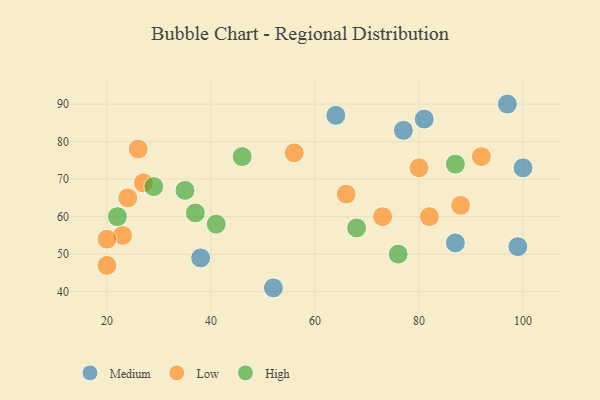
{"axis": {"x": "GDP", "y": "Life Expectancy"}, "legend": ["High", "Low", "Medium"], "data": [{"x": "52", "y": 41, "type": "Medium"}, {"x": "99", "y": 52, "type": "Medium"}, {"x": "64", "y": 87, "type": "Medium"}, {"x": "77", "y": 83, "type": "Medium"}, {"x": "81", "y": 86, "type": "Medium"}, {"x": "38", "y": 49, "type": "Medium"}, {"x": "87", "y": 53, "type": "Medium"}, {"x": "97", "y": 90, "type": "Medium"}, {"x": "100", "y": 73, "type": "Medium"}, {"x": "92", "y": 76, "type": "Low"}, {"x": "82", "y": 60, "type": "Low"}, {"x": "24", "y": 65, "type": "Low"}, {"x": "80", "y": 73, "type": "Low"}, {"x": "23", "y": 55, "type": "Low"}, {"x": "88", "y": 63, "type": "Low"}, {"x": "66", "y": 66, "type": "Low"}, {"x": "56", "y": 77, "type": "Low"}, {"x": "20", "y": 47, "type": "Low"}, {"x": "26", "y": 78, "type": "Low"}, {"x": "27", "y": 69, "type": "Low"}, {"x": "73", "y": 60, "type": "Low"}, {"x": "20", "y": 54, "type": "Low"}, {"x": "41", "y": 58, "type": "High"}, {"x": "76", "y": 50, "type": "High"}, {"x": "29", "y": 68, "type": "High"}, {"x": "87", "y": 74, "type": "High"}, {"x": "35", "y": 67, "type": "High"}, {"x": "22", "y": 60, "type": "High"}, {"x": "68", "y": 57, "type": "High"}, {"x": "46", "y": 76, "type": "High"}, {"x": "37", "y": 61, "type": "High"}]}